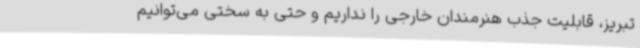
تبریز، قابلیت جذب هنرمندان خارجی را نداریم و حتی به سختی می‌توانیم